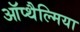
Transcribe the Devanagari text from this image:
ऑप्‍थैल्मिया